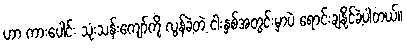
ဟာ ကားပေါင်း သုံးသန်းကျော်ကို လွန်ခဲ့တဲ့ ငါးနှစ်အတွင်းမှာပဲ ရောင်းချနိုင်ခဲ့ပါတယ်။